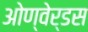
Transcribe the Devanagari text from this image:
ओण्वेर्डस